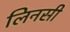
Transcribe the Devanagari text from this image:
लिनसी